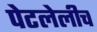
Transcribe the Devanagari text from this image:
पेटलेलीच